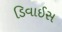
ડિવાઈસ